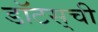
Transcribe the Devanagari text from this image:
डॉटस्‌ची